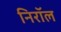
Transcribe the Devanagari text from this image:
निरॉल